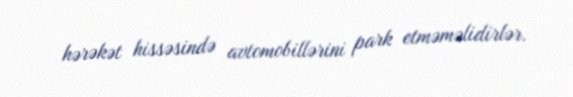
hərəkət hissəsində avtomobillərini park etməməlidirlər.